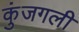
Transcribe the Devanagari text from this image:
कुंजगली